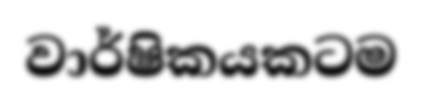
වාර්ෂිකයකටම